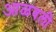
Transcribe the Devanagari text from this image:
आळवली